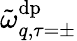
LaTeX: \tilde{\omega}_{q,\tau=\pm}^{\mathrm{dp}}